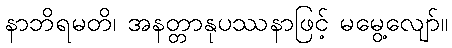
နာဘိရမတိ၊ အနတ္တာနုပဿနာဖြင့် မမွေ့လျော်။